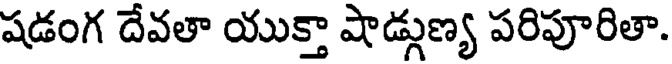
షడంగ దేవతా యుక్తా షాడ్గుణ్య పరిపూరితా.